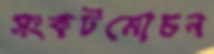
সংকটমোচন